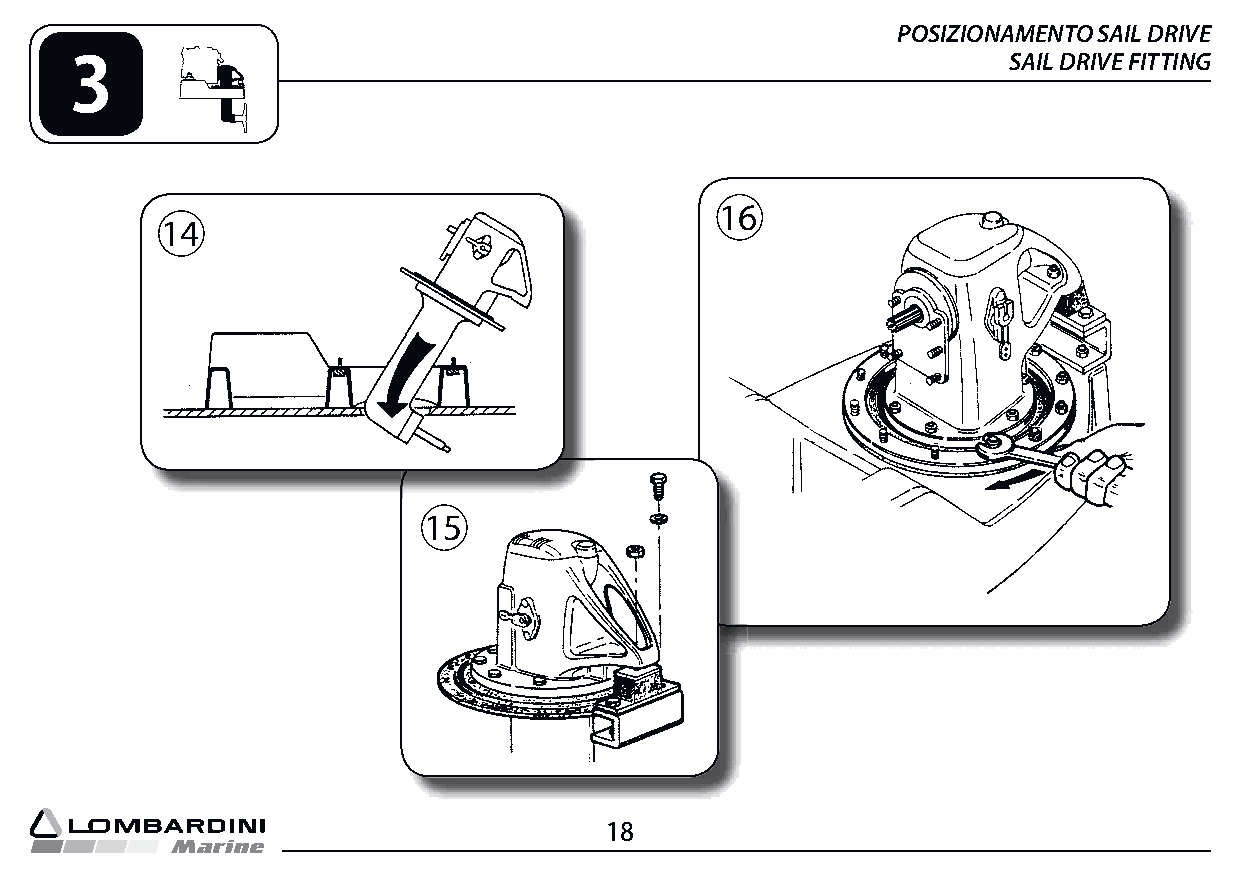
POSIZIONAMENTO SAIL DRIVE
 3                                                             SAIL DRIVE FITTING
 16
 14
 15
 18